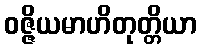
ဝဇ္ဇိယမာဟိတုတ္တိယာ